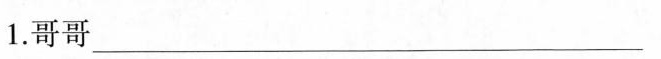
1.哥哥__